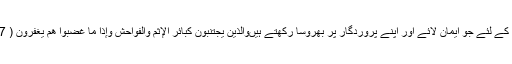
اور جو کچھ خدا کے ہاں ہے وہ بہتر اور قائم رہنے والا ہے (یعنی) ان لوگوں کے لئے جو ایمان لائے اور اپنے پروردگار پر بھروسا رکھتے ہیںوَالَّذِينَ يَجْتَنِبُونَ كَبَائِرَ الْإِثْمِ وَالْفَوَاحِشَ وَإِذَا مَا غَضِبُوا هُمْ يَغْفِرُونَ ( 37 ) اور جو بڑے بڑے گناہوں اور بےحیائی کی باتوں سے پرہیز کرتے ہیں۔